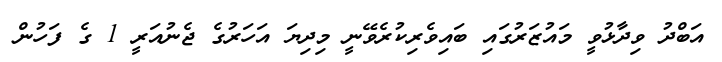
އަބްދު ވިދާޅުވީ މައުޒަރުގައި ބައިވެރިކުރެވޭނީ މިދިޔަ އަހަރުގެ ޖެނުއަރީ 1 ގެ ފަހުން